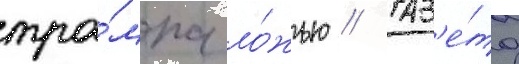
тра́мпа ло́жью // Газ'е́та